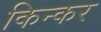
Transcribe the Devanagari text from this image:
किन्कर